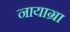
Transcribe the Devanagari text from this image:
नायाग्रा